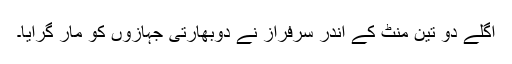
اگلے دو تین منٹ کے اندر سرفراز نے دوبھارتی جہازوں کو مار گرایا۔